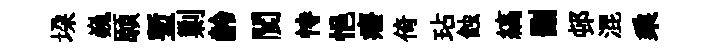
垜巍願塹剿齡閬恃悒癈倚玷蝕縞删邨混乘